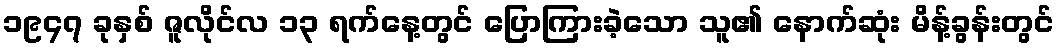
၁၉၄၇ ခုနှစ် ဇူလိုင်လ ၁၃ ရက်နေ့တွင် ပြောကြားခဲ့သော သူ၏ နောက်ဆုံး မိန့်ခွန်းတွင်